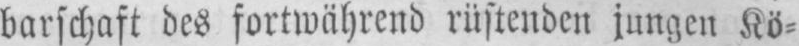
barschaft des fortwährend rüstenden jungen Kö⸗